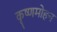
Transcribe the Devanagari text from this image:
कृष्णमोहन